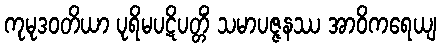
ကုမုဒဝတိယာ ပုရိမပဋိပတ္တိံ သမာပဇ္ဇနဿ အာဝိကရေယျ